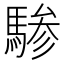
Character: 𬳯